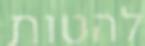
להטות